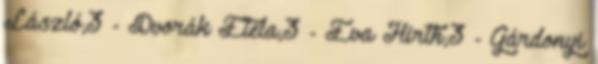
László,3 - Dvorák Etela,3 - Éva Hirth,3 - Gárdonyi